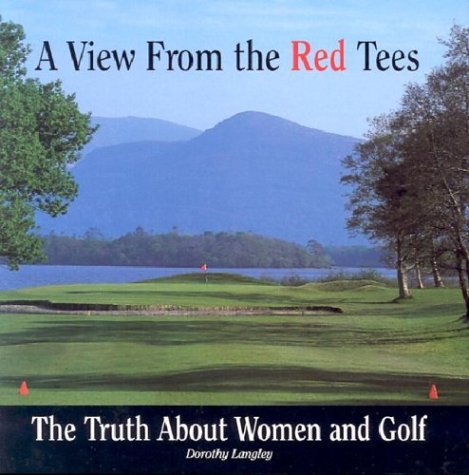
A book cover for A View From The Red Tees: The Truth About Women and Golf; Dorothy Langley; Sports & Outdoors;